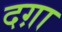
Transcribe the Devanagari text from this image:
दग़ा